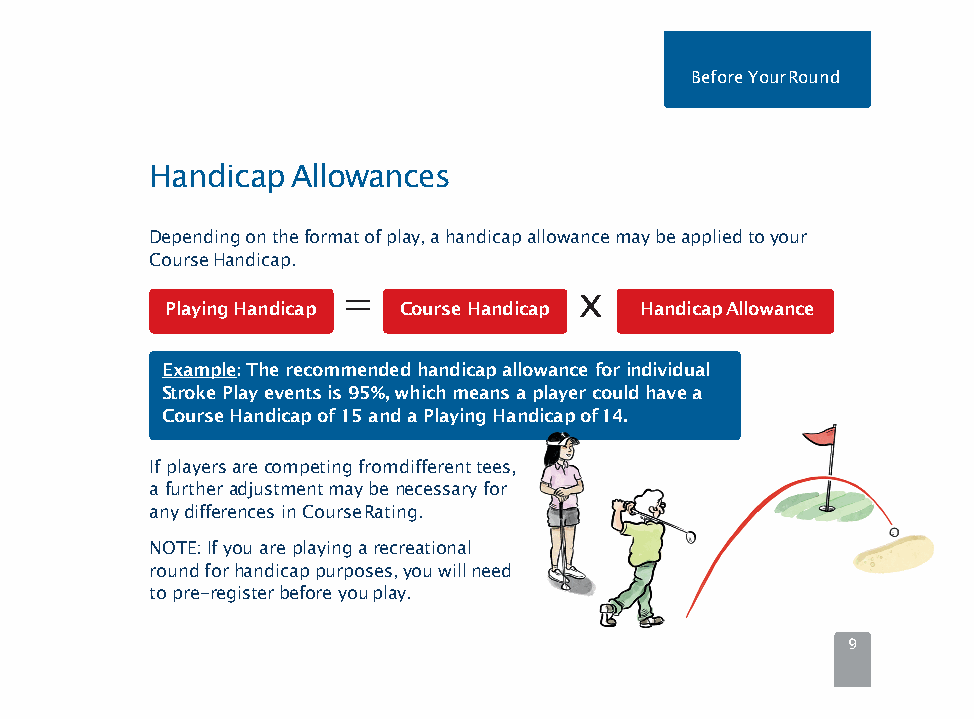
Before YourRound
 HandicapAllowances
 Dependingontheformatofplay,ahandicapallowancemaybeappliedtoyour
 CourseHandicap.
 =              x
 PlayingHandicap CourseHandicap HandicapAllowance
 Example: The recommended handicap allowance for individual
 Stroke Play events is 95%, which means a player could have a
 Course Handicap of 15 and a Playing Handicap of14.
 If players are competing fromdifferent tees,
 a further adjustment may be necessary for
 any differences in CourseRating.
 NOTE: If you are playing a recreational
 roundforhandicappurposes,youwillneed
 to pre-register before youplay.
 9